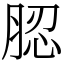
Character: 䏰